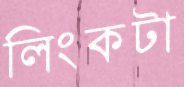
লিংকটা